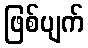
ဖြစ်ပျက်